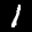
Label: 1